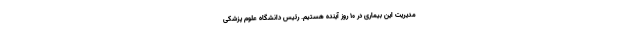
مدیریت این بیماری در ۱۰ روز آینده هستیم. رئیس دانشگاه علوم پزشکی